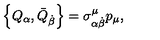
\left\{ Q _ { \alpha } , \bar { Q } _ { \dot { \beta } } \right\} = \sigma _ { \alpha \dot { \beta } } ^ { \mu } p _ { \mu } ,